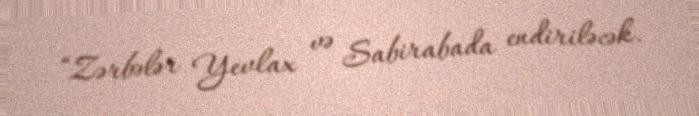
“Zərbələr Yevlax və Sabirabada endiriləcək.